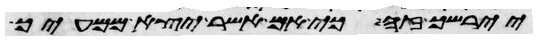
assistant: יירשך זה כי אם אשר יצא ממעיך